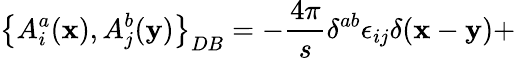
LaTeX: \left\{ A_{i}^{a}({\mathbf x}),A_{j}^{b}({\mathbf y})\right\} _{DB}=-\frac{4\pi}{s}\delta^{ab}\epsilon_{ij}\delta({\mathbf x}-{\mathbf y})+